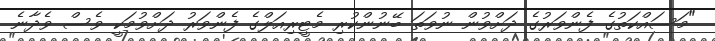
"މަސައްކަތުގެ ފެންވަރުގެ ދަށްވުން ނުވަތަ ބޭނުންކުރި މެޓީރިއަލްގެ ފެންވަރު ދަށްވުމަކީ ވެސް ވެދާނެ